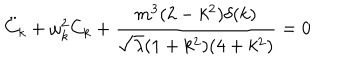
{ \ddot { C } } _ { k } + \omega _ { k } ^ { 2 } C _ { k } + \frac { m ^ { 3 } ( 2 - k ^ { 2 } ) \delta ( k ) } { { \sqrt \lambda } ( 1 + k ^ { 2 } ) ( 4 + k ^ { 2 } ) } = 0